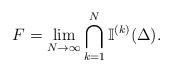
LaTeX: \begin{align*}F=\lim_{N\to\infty}\bigcap_{k=1}^{N}\mathbb I^{(k)}(\Delta).\end{align*}